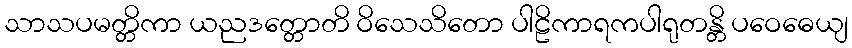
သာသပမတ္တိကာ ယညဒတ္တောတိ ဝိသေသိတော ပါဠိကာရကပါရုတန္တိ ပဝေဓေယျ